Indian journal of veterinary science and animal husbandry - Volumes 15-17, 1948-1951
Year: 1948
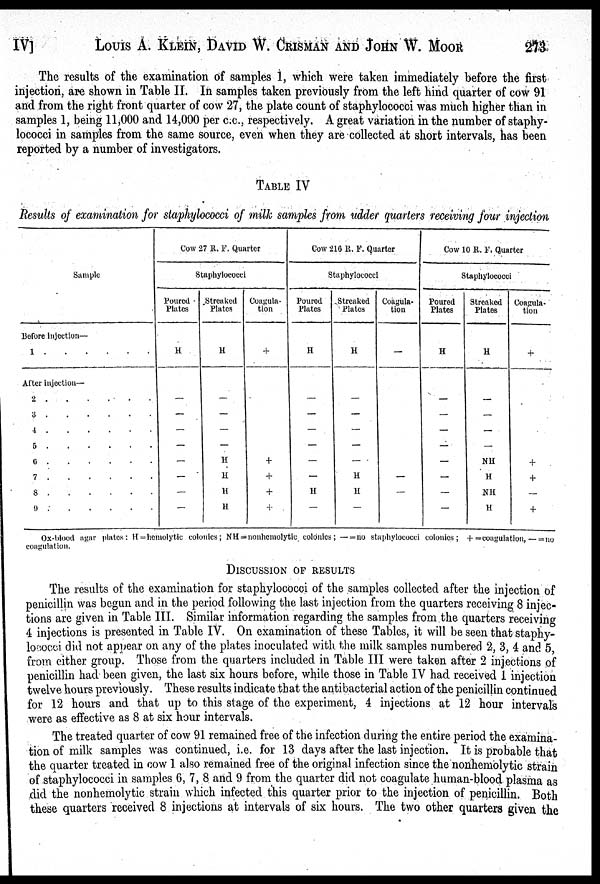
IV] LOUIS A. KLEIN, DAVID W. CRISMAN AND JOHN W. MOOR 273
The results of the examination of samples 1, which were taken immediately before the first
injection, are shown in Table II. In samples taken previously from the left hind quarter of cow 91
and from the right front quarter of cow 27, the plate count of staphylococci was much higher than in
samples 1, being 11,000 and 14,000 per c.c, respectively. A great variation in the number of staphy-
lococci in samples from the same source, even when they are collected at short intervals, has been
reported by a number of investigators.
TABLE IV
Results of examination for staphylococci of milk samples from udder quarters receiving four injection
Sample
Before injection—
1 . . . . . .
After Injection—
2 . . . . . .
3 . . . . . .
4 . . . . . .
5 . . . . . .
6 . . . . . .
7 . . . . . .
8 . . . . . .
9 . . . . . .
Cow 27 R. F. Quarter
Staphylococci
Poured
Plates
H
—
—
—
—
—
—
—
—
Streaked
Plates
H
—
—
—
—
H
H
H
H
Coagula-
tion
+
+
+
+
+
Cow 210 R. F. Quarter
Staphylococci
Pourod
Plates
H
—
—
—
—
—
H
—
Streaked
Plates
H
—
—
—
—
H
H
—
Coagula-
tion
—
—
—
Cow 10 R. F. Quarter
Staphylococci
Poured
Plates
H
—
—
—
—
—
—
—
Streaked
Plates
H
—
—
—
—
NH
H
NH
H
Coagula-
tion
+
+
+
—
+
Ox-blood agar plates: H=hemolytic colonics; NH = nonhemolytic colonies; — =no staphylococci colonics; + =coagulation, —= no
coagulation.
DISCUSSION OF RESULTS
The results of the examination for staphylococci of the samples collected after the injection of
penicillin was begun and in the period following the last injection from the quarters receiving 8 injec-
tions are given in Table III. Similar information regarding the samples from the quarters receiving
4 injections is presented in Table IV. On examination of these Tables, it will be seen that staphy-
lococci did not appear on any of the plates inoculated with the milk samples numbered 2, 3, 4 and 5,
from either group. Those from the quarters included in Table III were taken after 2 injections of
penicillin had been given, the last six hours before, while those in Table IV had received 1 injection
twelve hours previously. These results indicate that the antibacterial action of the penicillin continued
for 12 hours and that up to this stage of the experiment, 4 injections at 12 hour intervals
were as effective as 8 at six hour intervals.
The treated quarter of cow 91 remained free of the infection during the entire period the examina-
tion of milk samples was continued, i.e. for 13 days after the last injection. It is probable that
the quarter treated in cow 1 also remained free of the original infection since the nonhemolytic strain
of staphylococci in samples 6, 7, 8 and 9 from the quarter did not coagulate human-blood plasma as
did the nonhemolytic strain which infected this quarter prior to the injection of penicillin. Both
these quarters received 8 injections at intervals of six hours. The two other quarters given the